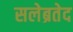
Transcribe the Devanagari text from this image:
सलेब्रतेद